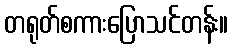
တရုတ်စကားပြောသင်တန်း။